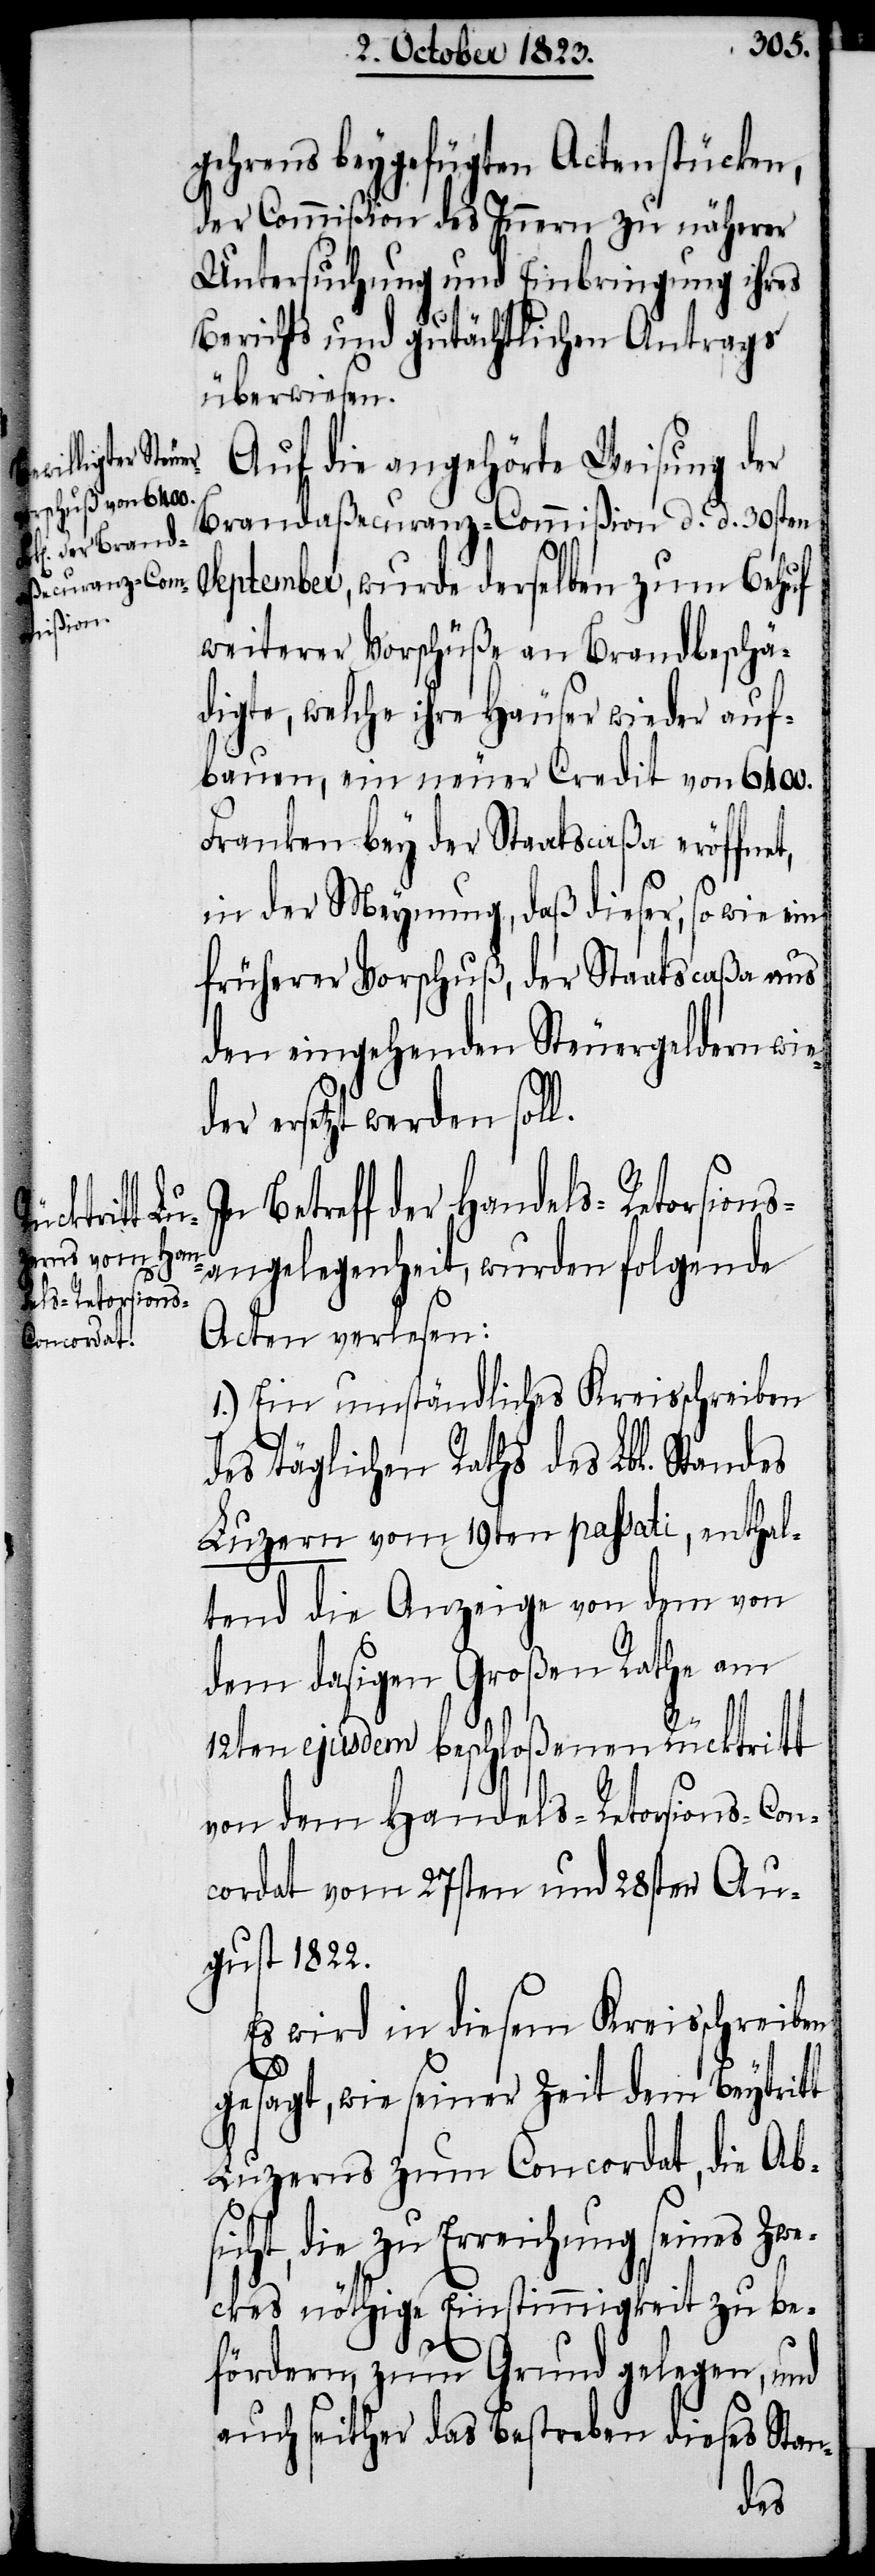
gehrens beygefügten Actenstücken,
der Commißion des Innern zu näherer
Untersuchung und Einbringung ihres
Berichts und gutächtlichen Antrags
überwiesen.
Auf die angehörte Weisung der
Brandaßecuranz-Commißion d. d. 30sten
September, wurde derselben zum Behuf
weiterer Vorschüße an Brandbeschä¬
digte, welche ihre Häuser wieder auf¬
bauen, ein neuer Credit von 6400.
Franken bey der Saatscaßa eröffnet,
in der Meynung, daß dieser, sowie ein
früherer Vorschuß, der Staatscaßa aus
den eingehenden Steuergeldern wie¬
der ersetzt werden soll.
Betreff der Handels-Retorsions¬
angelegenheit, wurden folgende
Acten verlesen:
1.) Ein umständliches Kreisschreiben
des täglichen Raths des Lbl. Standes
Luzern vom 19ten passati, enthal¬
tend die Anzeige von dem von
dem dasigen Großen Rathe am
12ten ejusdem beschloßenen Rücktritt
von dem Handels-Retorsions-Con¬
cordat vom 27sten und 28sten Au¬
gust 1822.
Es wird in diesem Kreisschreiben
gesagt, wie seiner Zeit dem Beytritt
Luzerns zum Concordat, die Ab¬
sicht, die zu Erreichung seines Zwe¬
ckes nöthige Einstimmigkeit zu be¬
fördern, zum Grund gelegen, und
auch seither das Bestreben dieses Stan-